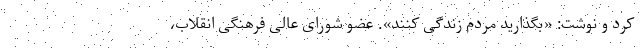
کرد و نوشت: «بگذارید مردم زندگی کنند». عضو شورای عالی فرهنگی انقلاب،